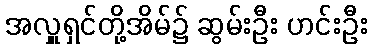
အလှူရှင်တို့အိမ်၌ ဆွမ်းဦး ဟင်းဦး